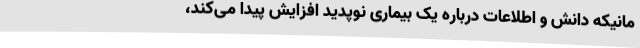
مانیکه دانش و اطلاعات درباره یک بیماری نوپدید افزایش پیدا می‌کند،